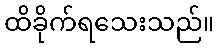
ထိခိုက်ရသေးသည်။